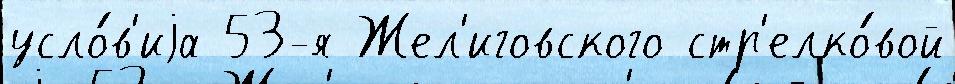
усло́в'иjа 53-я Жел'иговского стр'елко́вой